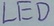
Text: LED